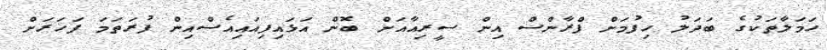
ހަމަލާތަކުގެ ބަދަލު ހިފުމަށް ފްރާންސް އިން ސީރިއާއަށް ބޮން އަޅައިފިއައިއެސްއިން ފުރަތަމަ ފަހަރަށް